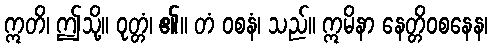
ဣတိ၊ ဤသို့။ ဝုတ္တံ၊ ၏။ တံ ဝစနံ၊ သည်။ ဣမိနာ နေတ္တိဝစနေန၊